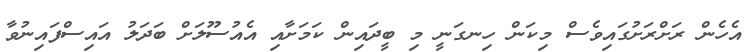
އެހެން ރަށްރަށުގައިވެސް މިކަން ހިނގަނީ މި ބީދައިން ކަމަށާއި އެއުސޫލަށް ބަދަލު އައިސްފައިނުވާ